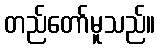
တည်တော်မူသည်။